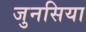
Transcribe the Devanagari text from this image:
जुनसिया